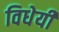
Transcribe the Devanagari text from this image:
विधेयी